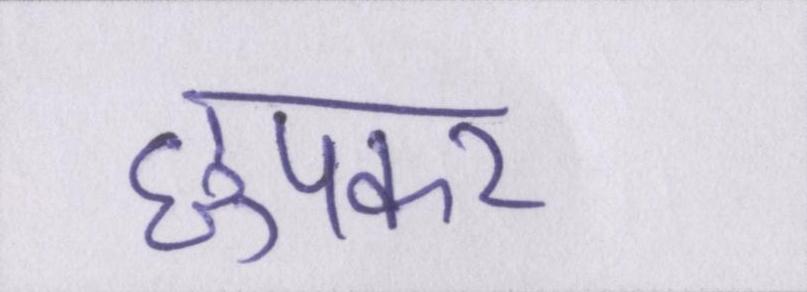
छुपकर